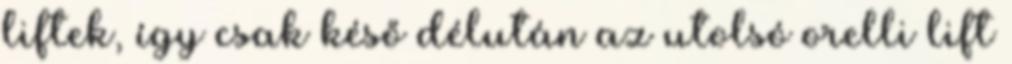
liftek, így csak késő délután az utolsó orelli lift